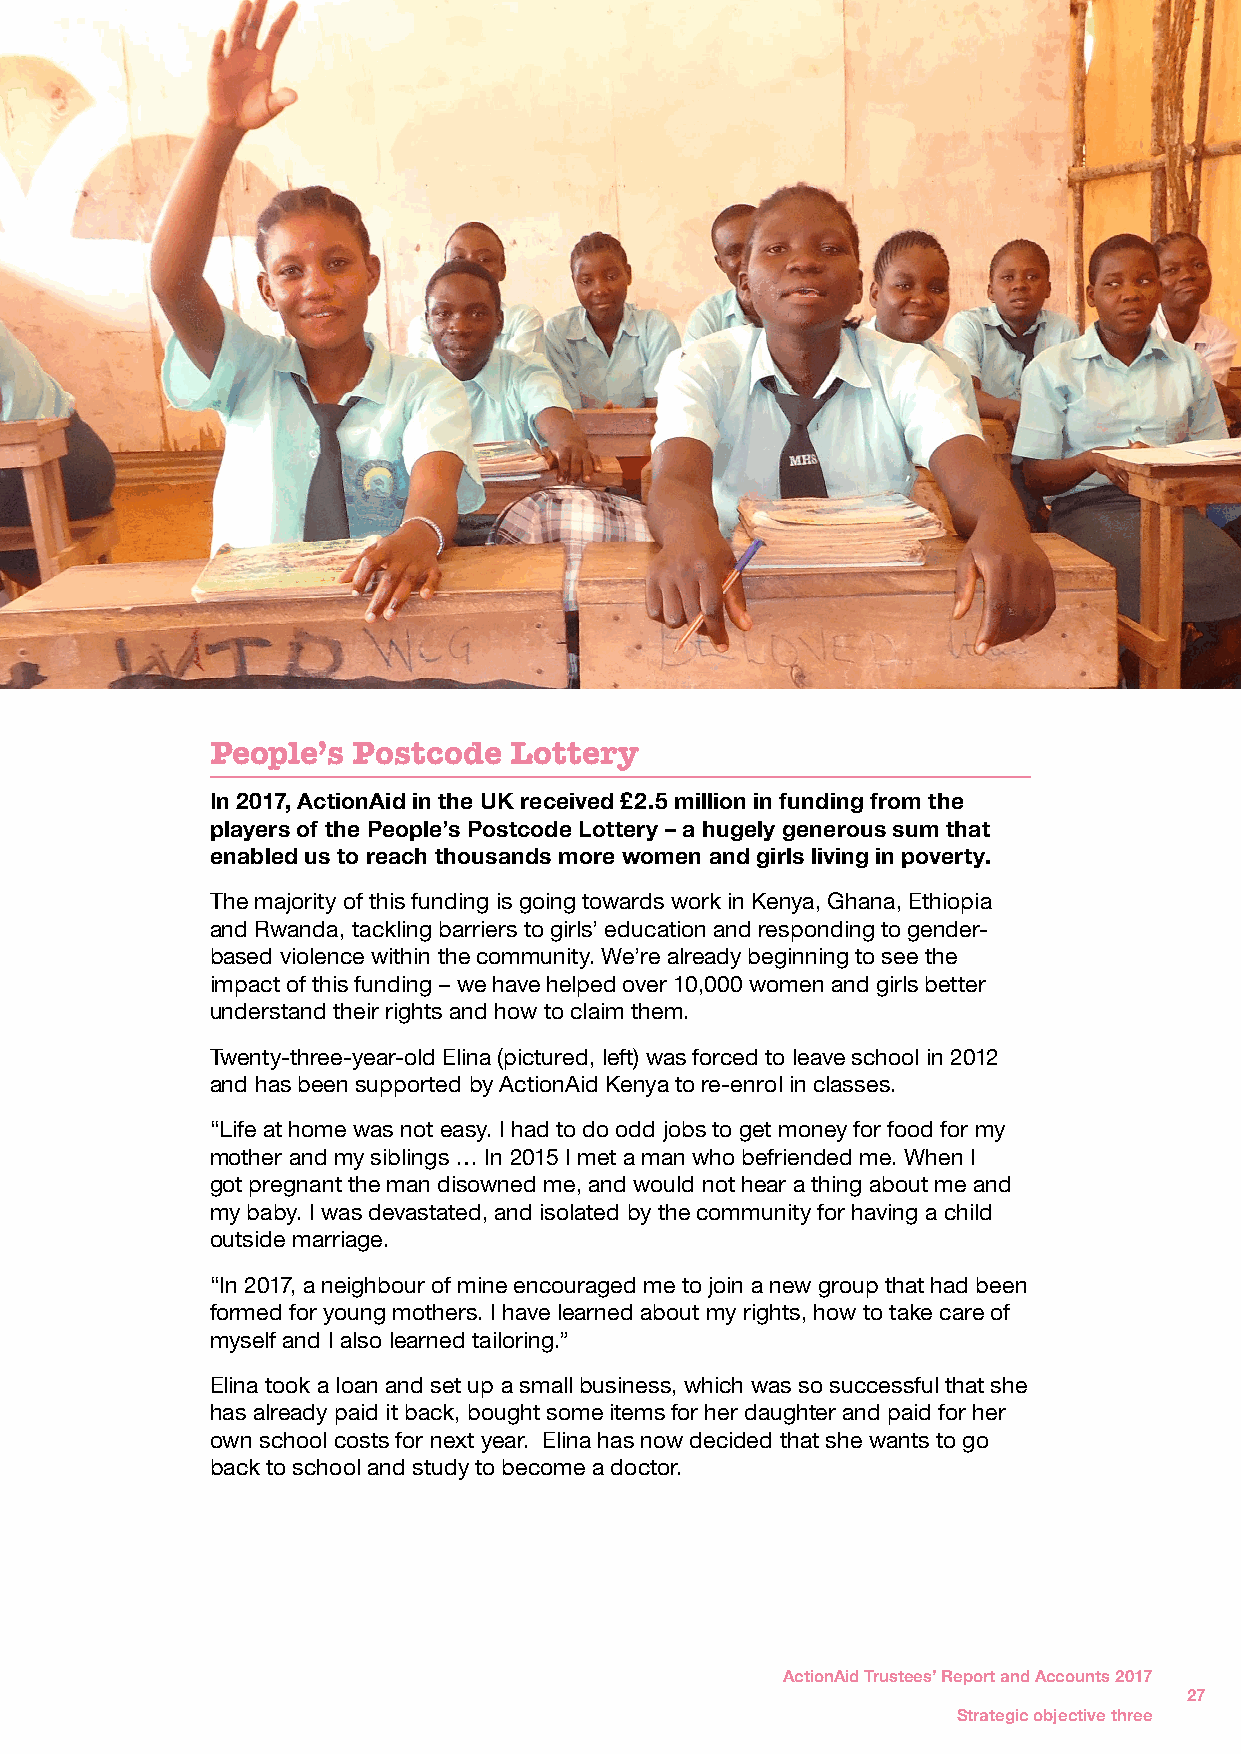
People’s Postcode   Lottery
 In 2017, ActionAid in the UK received £2.5 million in funding from the
 players of the People’s Postcode Lottery – a hugely generous sum that
 enabled us to reach thousands more women and girls living in poverty.
 The majority of this funding is going towards work in Kenya, Ghana, Ethiopia
 and Rwanda, tackling barriers to girls’ education and responding to gender-
 based violence within the community. We’re already beginning to see the
 impact of this funding – we have helped over 10,000 women and girls better
 understand their rights and how to claim them.
 Twenty-three-year-old Elina (pictured, left) was forced to leave school in 2012
 and has been supported by ActionAid Kenya to re-enrol in classes.
 “Life at home was not easy. I had to do odd jobs to get money for food for my
 mother and my siblings … In 2015 I met a man who befriended me. When I
 got pregnant the man disowned me, and would not hear a thing about me and
 my baby. I was devastated, and isolated by the community for having a child
 outside marriage.
 “In 2017, a neighbour of mine encouraged me to join a new group that had been
 formed for young mothers. I have learned about my rights, how to take care of
 myself and I also learned tailoring.”
 Elina took a loan and set up a small business, which was so successful that she
 has already paid it back, bought some items for her daughter and paid for her
 own school costs for next year. Elina has now decided that she wants to go
 back to school and study to become a doctor.
 ActionAid Trustees’ Report and Accounts 2017
 27
 Strategic objective three